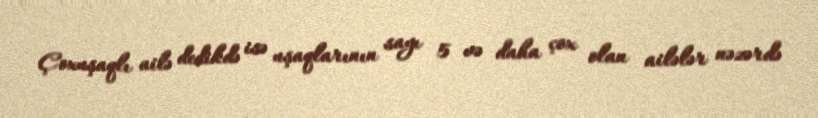
Çoxuşaqlı ailə dedikdə isə uşaqlarının sayı 5 və daha çox olan ailələr nəzərdə